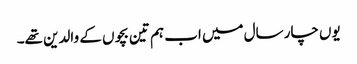
یوں چار سال میں اب ہم تین بچوں کے والدین تھے۔